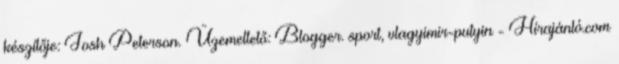
készítője: Josh Peterson. Üzemeltető: Blogger. sport, vlagyimir-putyin - Hírajánló.com